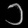
Digit: ၁